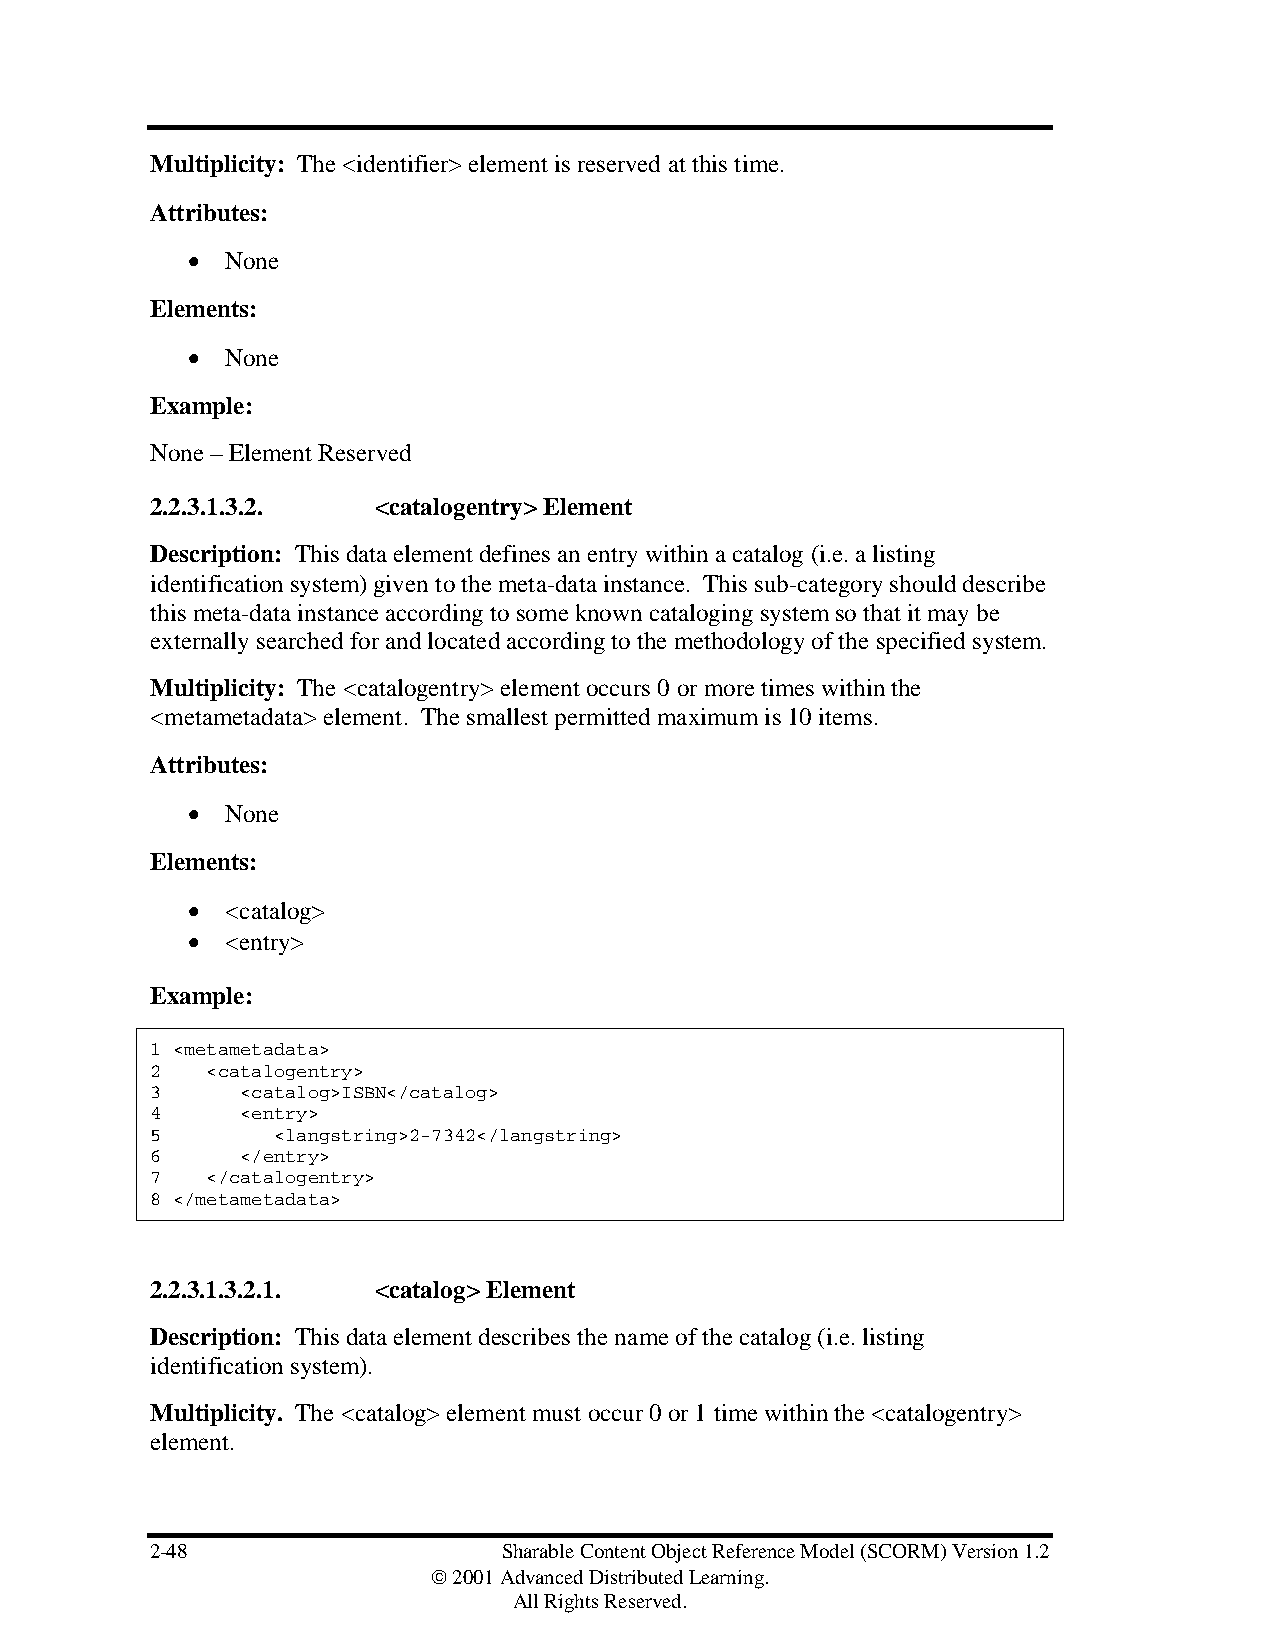
Multiplicity: The <identifier> element is reserved at this time.
 Attributes:
 •  None
 Elements:
 •  None
 Example:
 None – Element Reserved
 2.2.3.1.3.2.   <catalogentry> Element
 Description: This data element defines an entry within a catalog (i.e. a listing
 identification system) given to the meta-data instance. This sub-category should describe
 this meta-data instance according to some known cataloging system so that it may be
 externally searched for and located according to the methodology of the specified system.
 Multiplicity: The <catalogentry> element occurs 0 or more times within the
 <metametadata> element. The smallest permitted maximum is 10 items.
 Attributes:
 •  None
 Elements:
 •  <catalog>
 •  <entry>
 Example:
 1 <metametadata>
 2   <catalogentry>
 3     <catalog>ISBN</catalog>
 4     <entry>
 5       <langstring>2-7342</langstring>
 6     </entry>
 7   </catalogentry>
 8 </metametadata>
 2.2.3.1.3.2.1. <catalog> Element
 Description: This data element describes the name of the catalog (i.e. listing
 identification system).
 Multiplicity. The <catalog> element must occur 0 or 1 time within the <catalogentry>
 element.
 2-48                   Sharable Content Object Reference Model (SCORM) Version 1.2
  2001 Advanced Distributed Learning.
 All Rights Reserved.